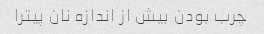
چرب بودن بیش از اندازه نان پیترا